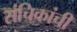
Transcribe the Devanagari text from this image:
संचिकांची